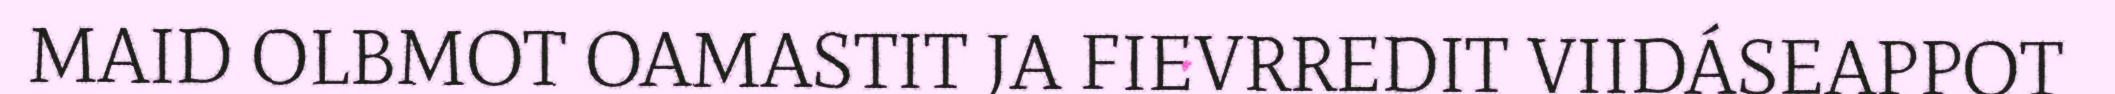
MAID OLBMOT OAMASTIT JA FIEVRREDIT VIIDÁSEAPPOT